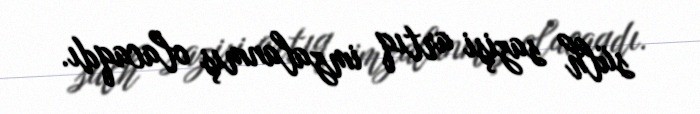
sülh sazişi artıq imzalanmış olacaqdı.